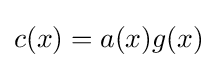
c(x)=a(x)g(x)